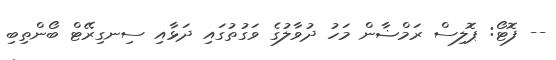
-- ފޮޓޯ: ޕޮލިސް ރަމްޟާން މަހު ދުވާލުގެ ވަގުތުގައި ދަޅާއި ސިނގިރޭޓް ބޯންތިބި